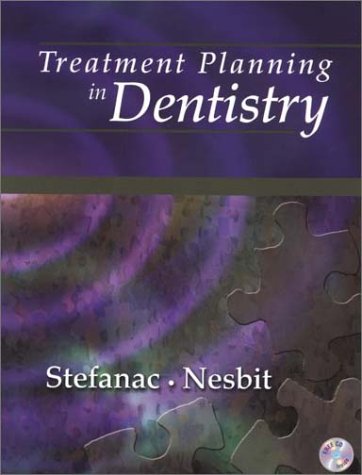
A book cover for Treatment Planning in Dentistry, 1e; Stephen J. Stefanac DDS  MS; Medical Books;